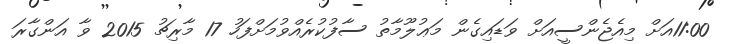
11:00އަށް މިއެޖެންސީއަށް ވަޑައިގެން މަޢުލޫމާތު ސާފުކުރެއްވުމަށްފަހު 17 މާރިޗު 2015 ވާ އަންގާރަ